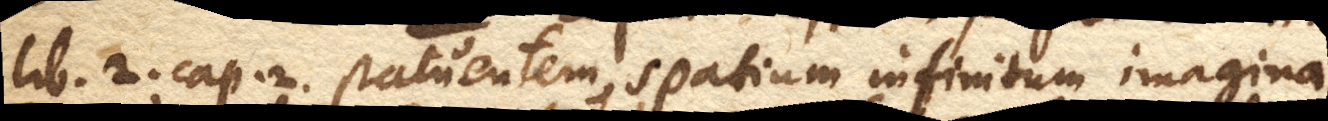
lib. 2. cap. 2. statuentem, spatium infinitum imagina–